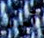
أحد